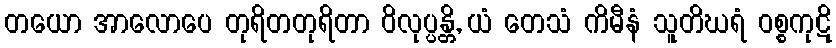
တယော အာလောပေ တုရိတတုရိတာ ဝိလုပ္ပန္တိ, ယံ တေသံ ကိမီနံ သူတိဃရံ ဝစ္စကုဋိ